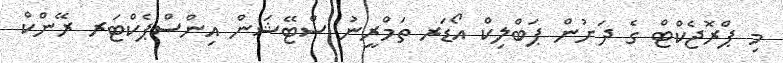
މި ޕްރޮޖެކްޓް ގެ ދަށުން ޕަބްލިކް އޯޑަރ ތަމްރީނު ސްޓޭޝަން އިންސްޕެކްޓަރ ރޭންކް